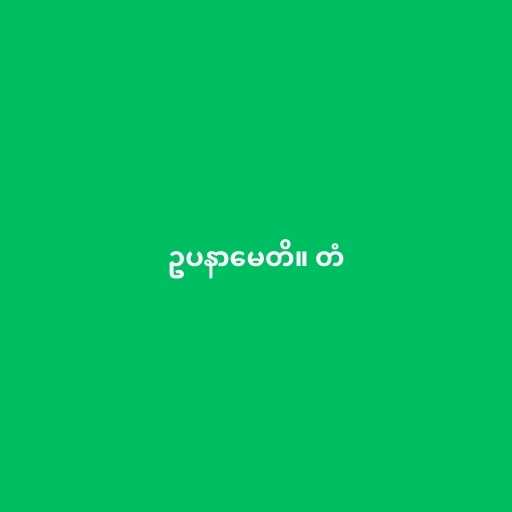
ဥပနာမေတိ။ တံ